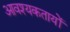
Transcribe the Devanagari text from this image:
आवश्यकतायों